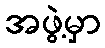
အဖွဲ့မှာ